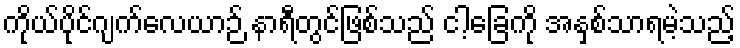
ကိုယ်ပိုင်ဂျက်လေယာဉ် နာရီတွင်ဖြစ်သည် ငါ့ခြေကို အနှစ်သာရမဲ့သည့်